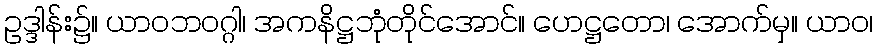
ဥဒ္ဒါန်း၌။ ယာဝဘဝဂ္ဂါ၊ အကနိဋ္ဌဘုံတိုင်အောင်။ ဟေဋ္ဌတော၊ အောက်မှ။ ယာဝ၊